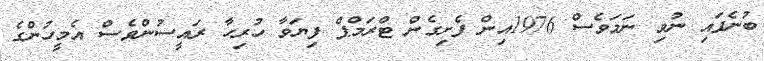
ބުނެފައި ނުވި ނަމަވެސް 1976އިން ފެށިގެން ޓްރަމްޕް ފިޔަވާ ހުރިހާ ރައީސުންވެސް އެމީހުންގެ